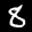
Label: 8